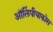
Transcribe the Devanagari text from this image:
ऑलिंपीयाकोस